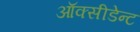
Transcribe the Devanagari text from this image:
ऑक्सीडेन्ट